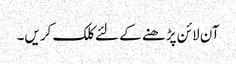
آن لائن پڑھنے کے لئے کلک کریں۔